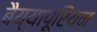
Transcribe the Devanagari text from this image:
बैय्यापूरियन